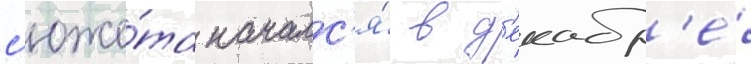
с'юже́та началс'я́ в д'екабр'е́